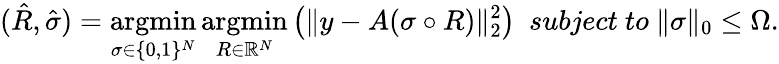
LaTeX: (\hat{R},\hat{\sigma})=\operatorname*{argmin}_{\sigma\in\{ 0,1\} ^{N}}\operatorname*{argmin}_{R\in\mathbb{R}^{N}}\left(\| y-A(\sigma\circ R)\| _{2}^{2}\right)\ \ subject\ to\ \| \sigma\| _{0}\le\Omega.